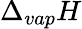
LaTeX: \Delta_{vap}H